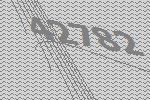
42782